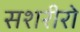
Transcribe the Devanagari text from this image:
सशरीरो